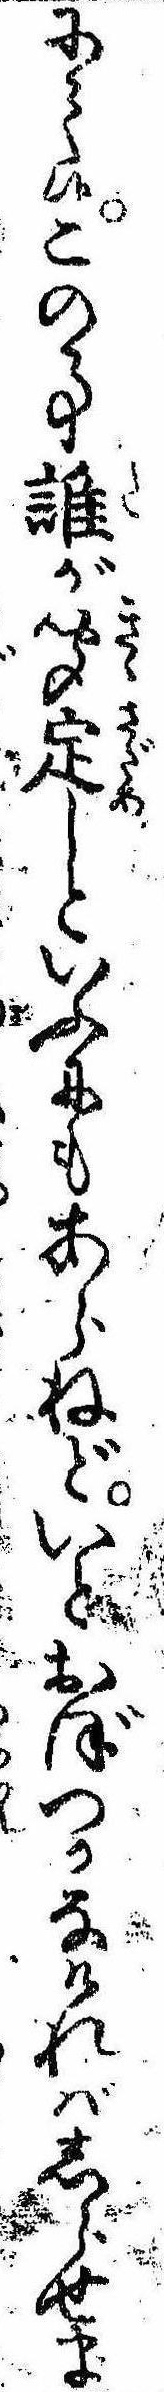
にて候この事誰が聞定しといふにもあらねどいとおぼつかなければしらせま